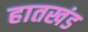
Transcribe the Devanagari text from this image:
हातखंड